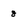
Character: 8